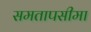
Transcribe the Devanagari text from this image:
समतापसीमा